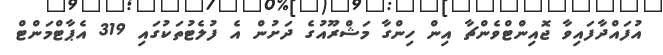
އުފައްދާފައިވާ ޖޮއިންޓްވެންޗާ އިން ހިންގާ މަޝްރޫއުގެ ދަށުން އެ ފުލެޓުތަކުގައި 319 އެޕާޓްމަންޓް